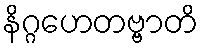
နိဂ္ဂဟေတဗ္ဗာတိ